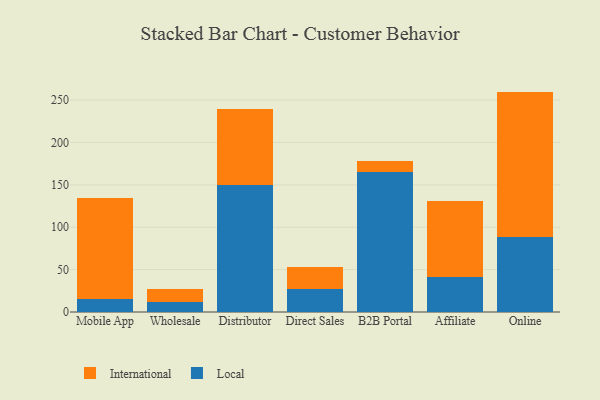
{"axis": {"x": "Channel", "y": "Headcount"}, "legend": ["International", "Local"], "data": [{"x": "Mobile App", "y": 15.5, "type": "Local"}, {"x": "Mobile App", "y": 118.5, "type": "International"}, {"x": "Wholesale", "y": 11.5, "type": "Local"}, {"x": "Wholesale", "y": 15.7, "type": "International"}, {"x": "Distributor", "y": 150.1, "type": "Local"}, {"x": "Distributor", "y": 89.5, "type": "International"}, {"x": "Direct Sales", "y": 27.6, "type": "Local"}, {"x": "Direct Sales", "y": 25.6, "type": "International"}, {"x": "B2B Portal", "y": 164.8, "type": "Local"}, {"x": "B2B Portal", "y": 13.8, "type": "International"}, {"x": "Affiliate", "y": 41.4, "type": "Local"}, {"x": "Affiliate", "y": 89.5, "type": "International"}, {"x": "Online", "y": 87.9, "type": "Local"}, {"x": "Online", "y": 172.1, "type": "International"}]}